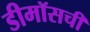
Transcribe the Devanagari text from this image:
डीमॉसची